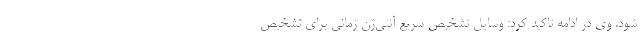
شود. وی در ادامه تاکید کرد: وسایل تشخیص سریع آنتی‌ژن زمانی برای تشخیص